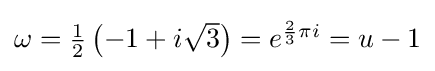
{\textstyle \omega ={\frac {1}{2}}\left(-1+i{\sqrt {3}}\right)=e^{{\frac {2}{3}}\pi i}=u-1}